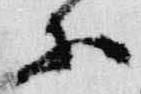
等